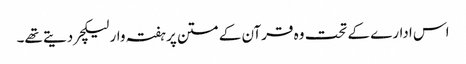
اس ادارے کے تحت وہ قرآن کے متن پر ہفتہ وار لیکچر دیتے تھے۔